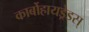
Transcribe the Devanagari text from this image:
कार्बोहायड्रेडस्